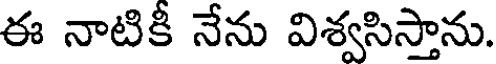
ఈ నాటికీ నేను విశ్వసిస్తాను.